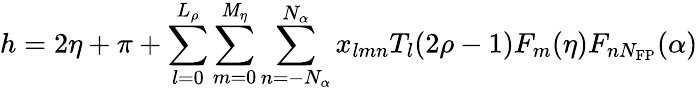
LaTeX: h=2\eta+\pi+\sum_{l=0}^{L_{\rho}}\sum_{m=0}^{\mathit{M}_{\eta}}\sum_{n=-N_{\alpha}}^{N_{\alpha}}x_{lmn}T_{l}(2\rho-1)F_{m}(\eta)F_{nN_{\mathrm{{FP}}}}(\alpha)